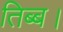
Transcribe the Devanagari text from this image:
तिब्ब।